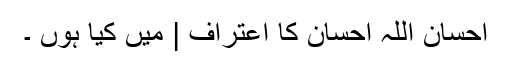
احسان اللہ احسان کا اعتراف | میں کیا ہوں ۔